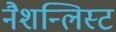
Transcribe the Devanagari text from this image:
नैशन्लिस्ट